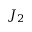
J _ { 2 }